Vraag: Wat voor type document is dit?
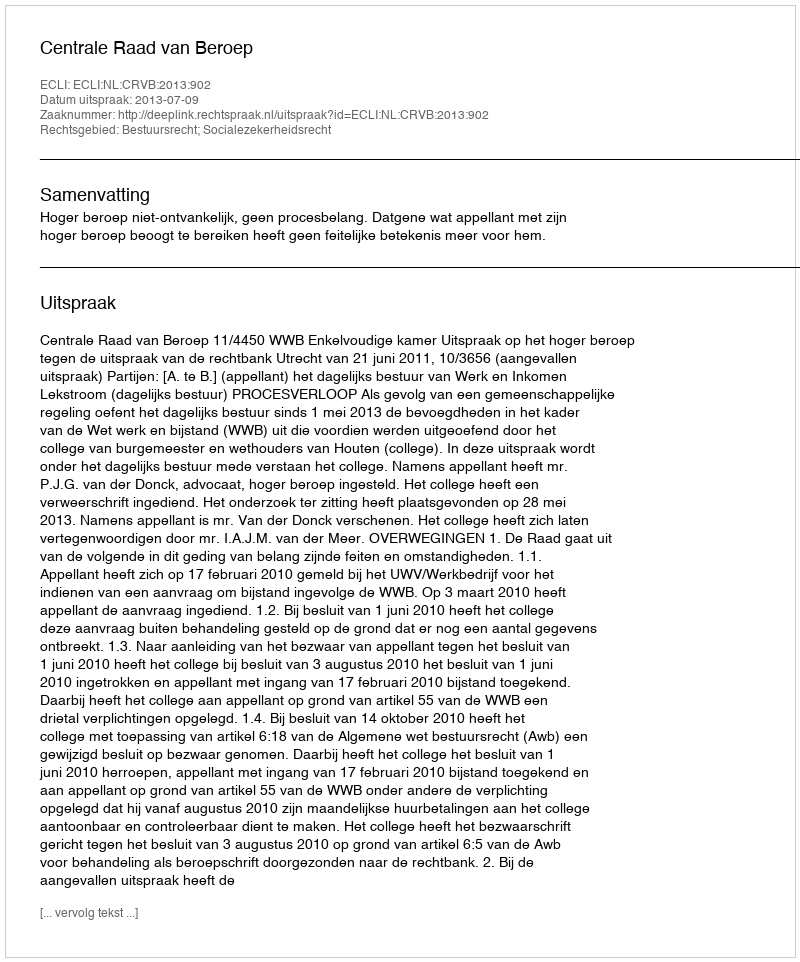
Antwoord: Uitspraak